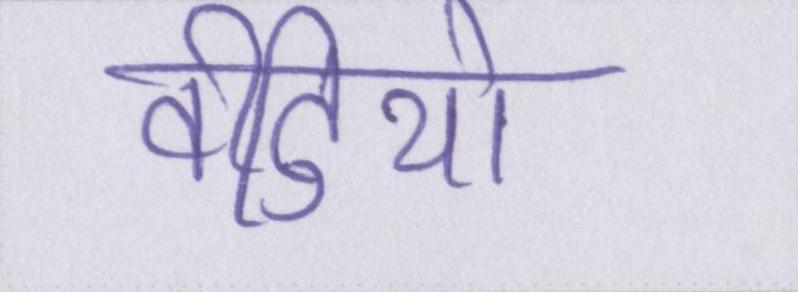
वीडियो